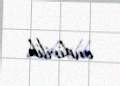
endirilib.